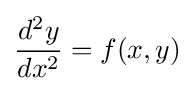
{\frac {d^{2}y}{dx^{2}}}=f(x,y)